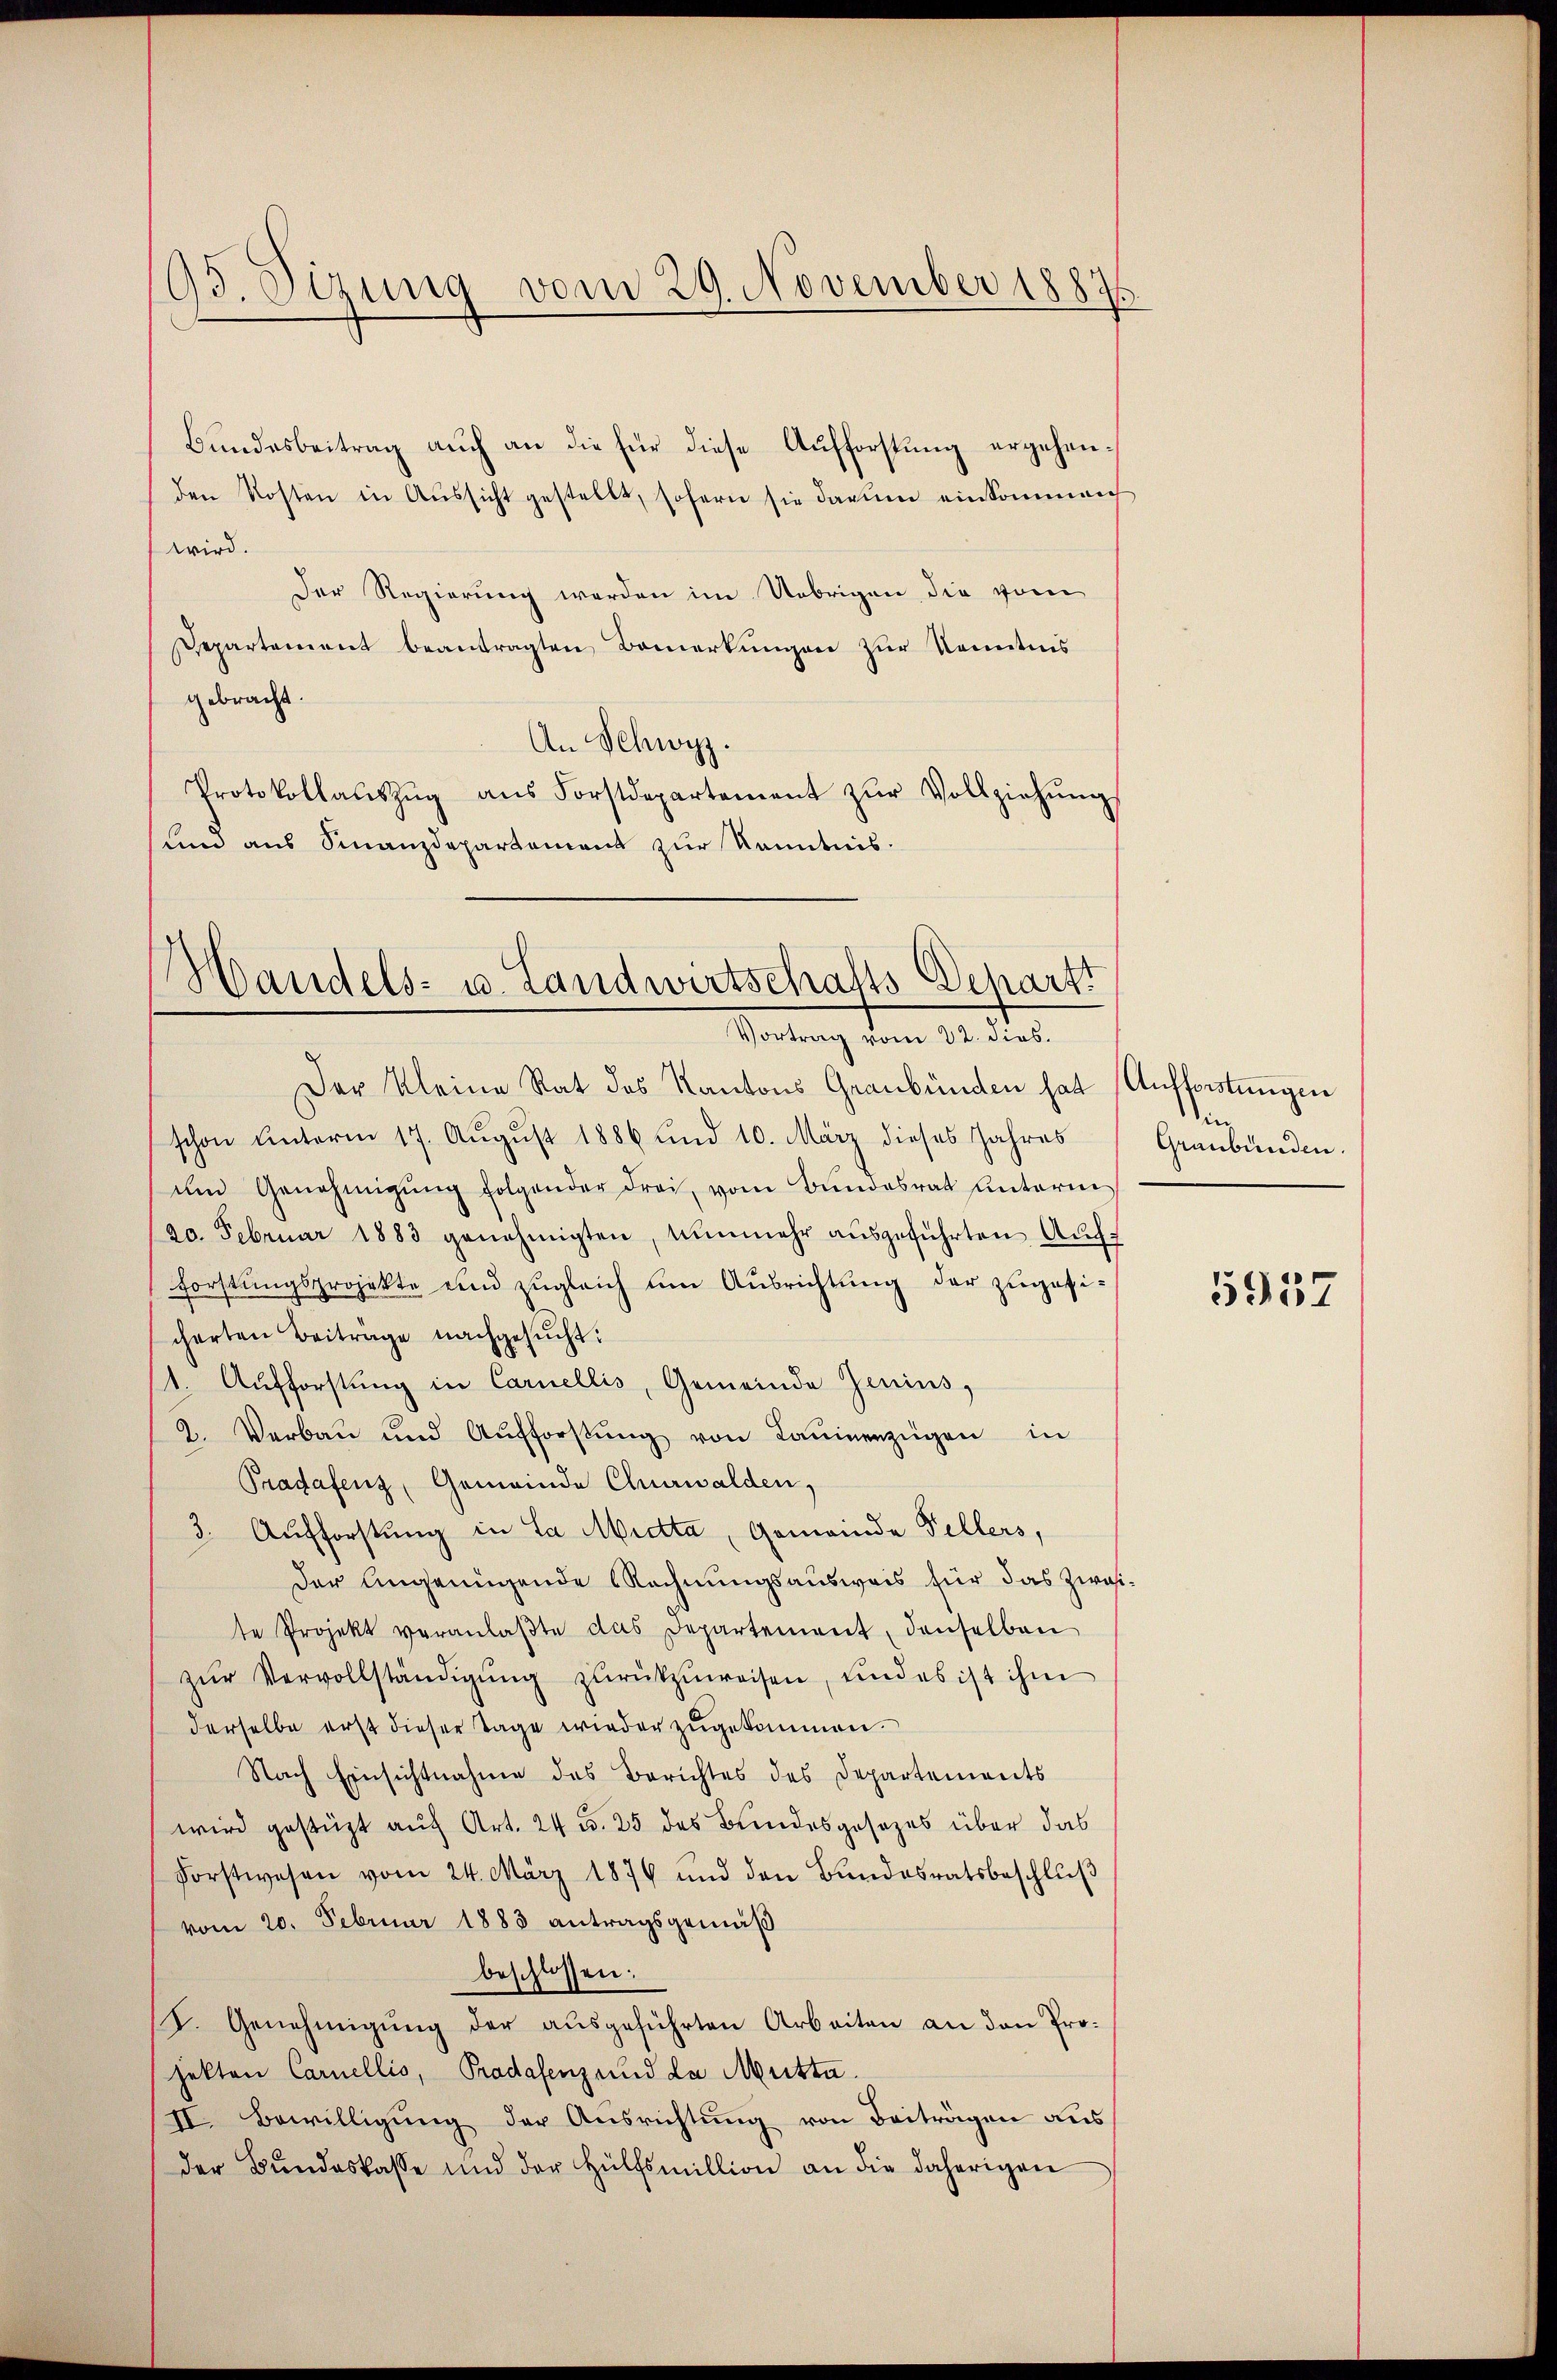
93. Sizung vom 29. November 1883

Bundesbeitrag auch an die für diese Aufforstung ergehenden Kosten in Aŭssicht gestellt, sofern sie darum einkommen
wird.
Der Regierung werden im Übrigen die vom
Repartement beantragten Bemerkungen zur Kenntnis
gebracht.
An Schwyz.
Protokollaŭszŭg aŭs Forstdepartement zŭr Vollziehŭng
eine aus Finanzdepartement zur Kenntnis.

Handels- u. Landwirtschafts-Depart
Vortrag vom 22. dies.

Der Kleine Rat des Kantons Graubünden hat Aufforstungen
schon unterm 17. Aŭgŭst 1886 und 10. März dieses Jahres
ŭm Genehmigŭng folgender drei vom Bŭndesrat unterm
20. Februar 1883 genehmigten, nunmehr ausgeführten Auf¬
Forstŭngsprojekte ein zŭgleich um Ausrichtŭng der zugesicherten Beitrage nachgesŭcht:
1. Aufforstung in Carnellis, Gemeinde Zenius,
2. Verbau und Aufforstŭng von Baŭmenzügen in
Pradafenz, Gemeinde Churwalden,
3. Aufforstung in La Midta, Gemeinde Fellers,
der Ungenügende Rechnungsausweis für das Zwasite Projekt veranlaβte das Departement, denselben
zŭr Vervollständigŭng zŭrückzuweisen, und es ist ihm
derselbe erst dieser Tage wieder zŭgekommen.
Nach Einsichtnahme des Berichtes des Departements
wird gestüzt auch Art. 24 u. 25 des Bundesgesezes über das
Forstwesen vom 24. März 1876 und den Bŭndesratsbeschlŭβ
vom 20. Februar 1883 antragsgemäß
beschlossen:
F. Genehmigung der ausgeführten Arbeiten an den Projekten Carnellis, Pradafenz und da Mutte
II. Bewilligung der Ausrichtung von Beiträgen aus
der Bundeskasse und der Hülfsmillion an die daherigen

Graubünden.
5957